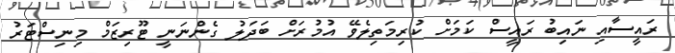
ރައީސާއި ނައިބު ރައީސް ކަމަށް ކުރިމަތިލެވޭ އުމުރަށް ބަދަލު ގެންނަނީ ޓޫރިޒަމް މިނިސްޓަރު